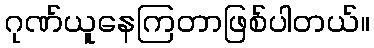
ဂုဏ်ယူနေကြတာဖြစ်ပါတယ်။